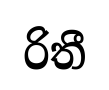
රිතී